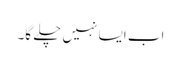
اب ایسا نہیں چلے گا۔